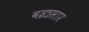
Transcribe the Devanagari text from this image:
वज्रसार